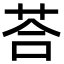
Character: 荅